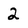
Character: 2